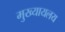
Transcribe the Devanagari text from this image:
मुख्यायलय